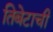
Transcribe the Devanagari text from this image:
तिबेटाची